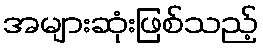
အများဆုံးဖြစ်သည့်